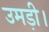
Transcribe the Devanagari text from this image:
उमड़ी।